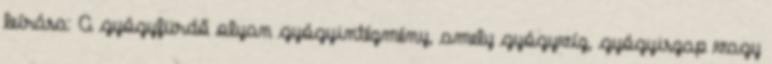
leírása: A gyógyfürdő olyan gyógyintézmény, amely gyógyvíz, gyógyiszap vagy